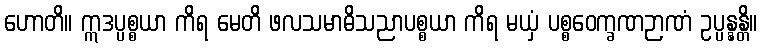
ဟောတိ။ ဣဒပ္ပစ္စယာ ကိရ မေတိ ဖလသမာဓိသညာပစ္စယာ ကိရ မယှံ ပစ္စဝေက္ခဏဉာဏံ ဥပ္ပန္နန္တိ။